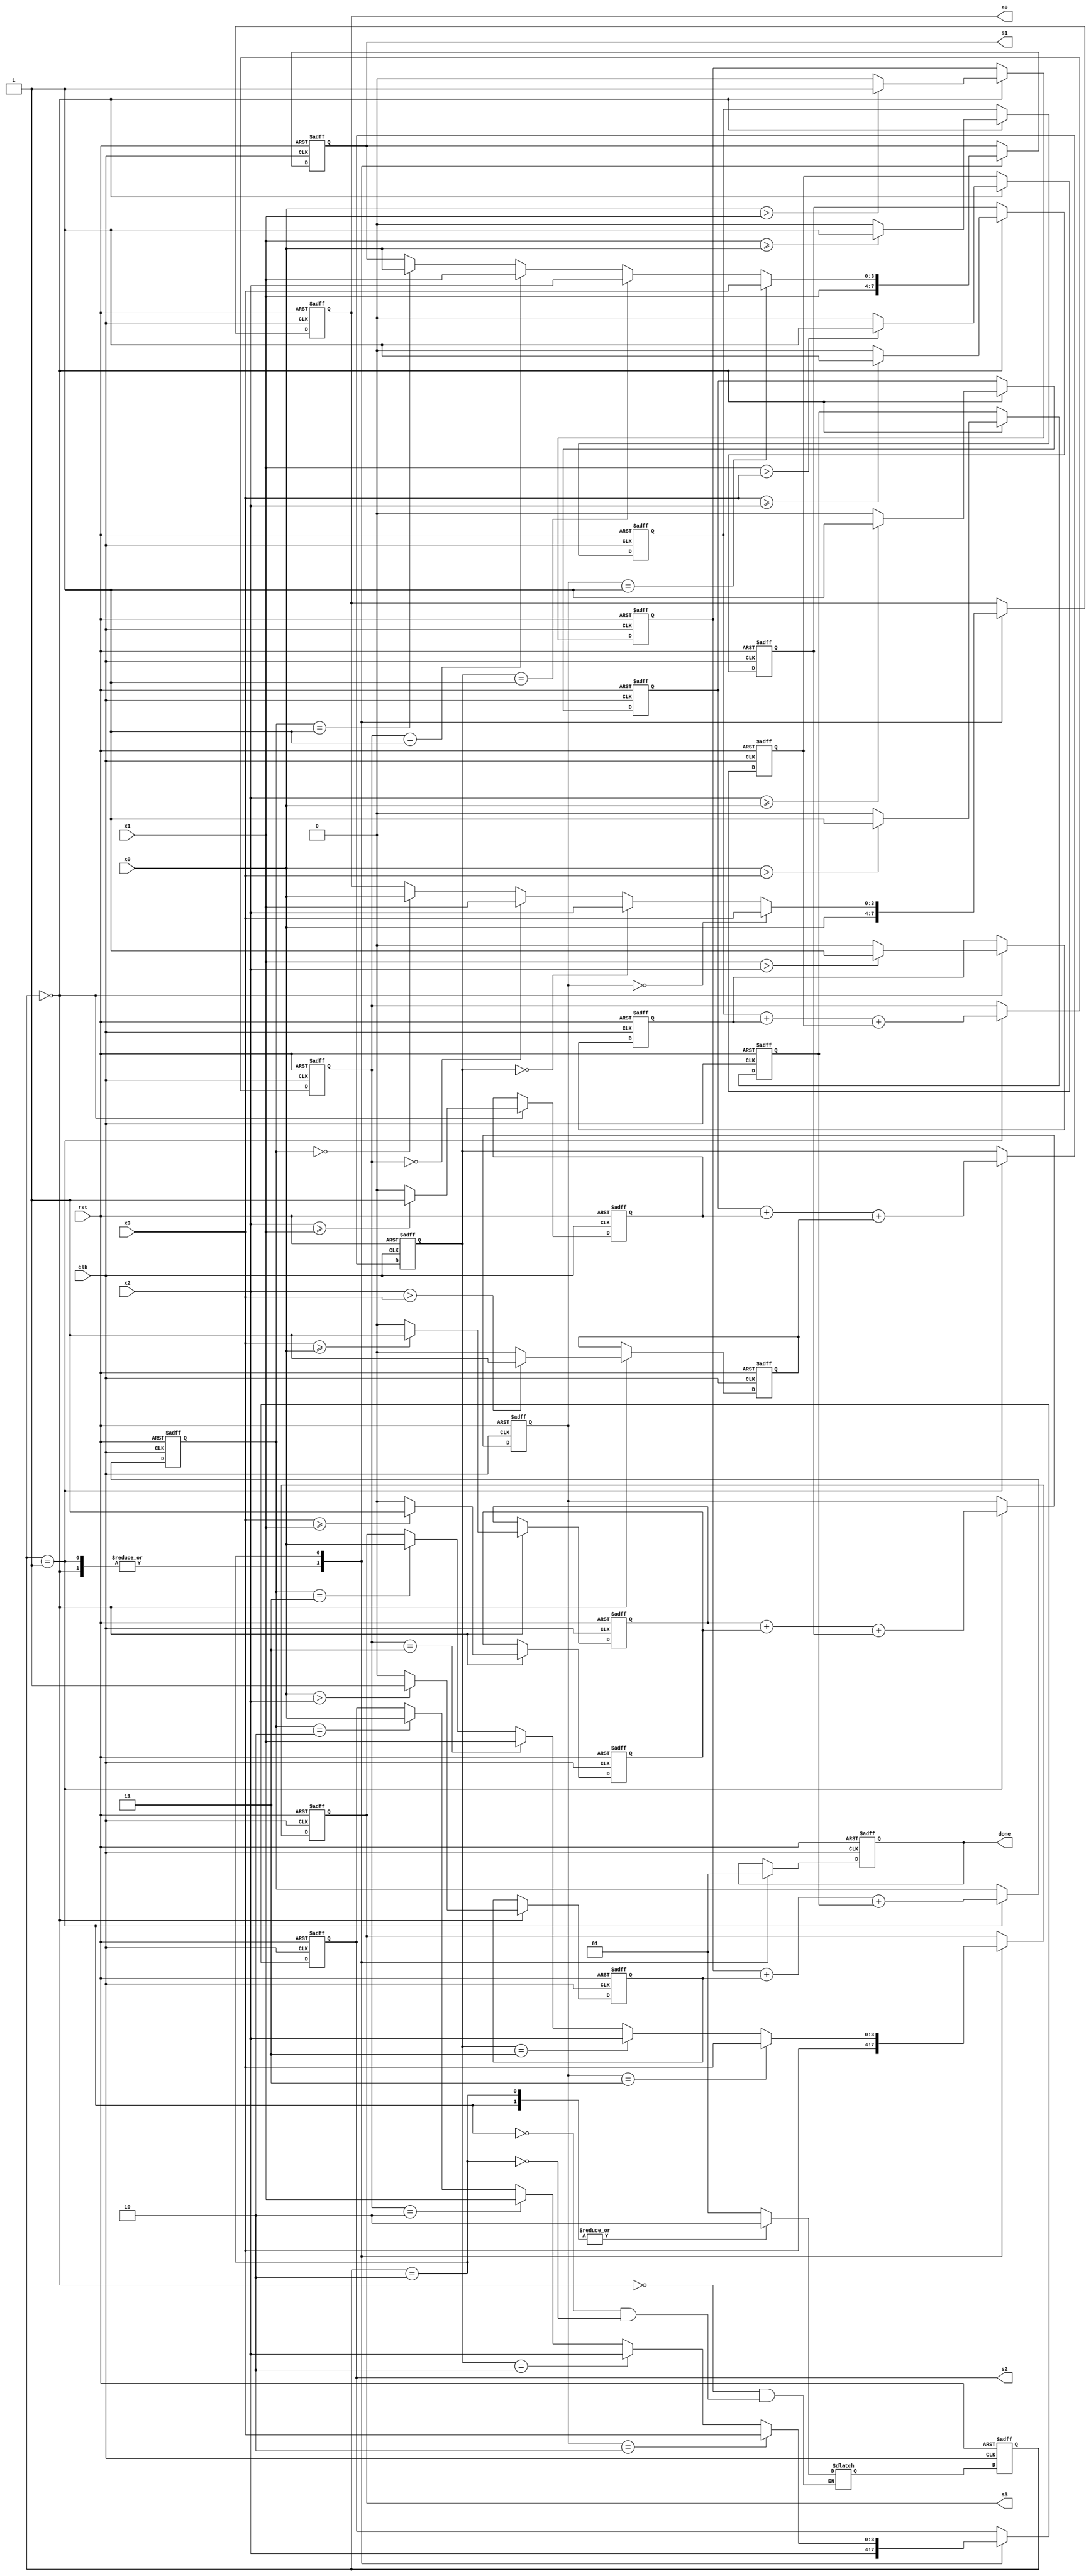
`timescale 1ns / 1ps
//////////////////////////////////////////////////////////////////////////////////
// Company: 
// Engineer: 
// 
// Design Name: 
// Module Name: SRT
// Project Name: 
// Target Devices: 
// Tool Versions: 
// Description: 
// 
// Dependencies: 
// 
// Revision:
// Revision 0.01 - File Created
// Additional Comments:
// 
//////////////////////////////////////////////////////////////////////////////////
module SRT(
    input [3:0] x0,
    input [3:0] x1,
    input [3:0] x2,
    input [3:0] x3,
    input rst,
    input clk,
    output [3:0] s0,
    output [3:0] s1,
    output [3:0] s2,
    output [3:0] s3,
    output done
    );
    reg a0=0,a1=0,a2=0;
    reg b0=0,b1=0,b2=0;
    reg c0=0,c1=0,c2=0;
    reg d0=0,d1=0,d2=0;
    reg [1:0]mid0=2'b00,mid1=2'b00,mid2=2'b00,mid3=2'b00;
    reg [3:0]out[3:0];
    reg finish;
    reg [1:0]state=2'b00,next_state;
    
    always @(posedge clk or posedge rst)
        if(rst)  state<=2'b00;
        else state<=next_state;
    
    always @(state)
        case(state)
            2'b00: next_state = 2'b01;
            2'b01: next_state = 2'b10;
            2'b10: next_state = 2'b10;
        endcase
        
    always @(posedge clk or posedge rst)
    if(rst)
        begin
            {a0,a1,a2}<=3'b000;
            {b0,b1,b2}<=3'b000;
            {c0,c1,c2}<=3'b000;
            {d0,d1,d2}<=3'b000;
            {mid0,mid1,mid2,mid3}<=8'b0000_0000;
            {out[0],out[1],out[2],out[3]}<=16'b0000_0000_0000_0000;
            finish<=0;
        end
    else
    case(state)
        2'b00:begin
            finish<=0;
            out[0]<=x0; out[1]<=x1; out[2]<=x2; out[3]<=x3;
            if(x0>x1) a0<=1'b1;
            else a0<=1'b0;
            if(x0>x2) a1<=1'b1;
            else a1<=1'b0;
            if(x0>x3) a2<=1'b1;
            else a2<=1'b0;
            
            if(x1>=x0) b0<=1'b1;
            else b0<=1'b0;
            if(x1>x2) b1<=1'b1;
            else b1<=1'b0;
            if(x1>x3) b2<=1'b1;
            else b2<=1'b0;
        
            if(x2>=x0) c0<=1'b1;
            else c0<=1'b0;
            if(x2>=x1) c1<=1'b1;
            else c1<=1'b0;
            if(x2>x3) c2<=1'b1;
            else c2<=1'b0;
             
            if(x3>=x0) d0<=1'b1;
            else d0<=1'b0;
            if(x3>=x1) d1<=1'b1;
            else d1<=1'b0;
            if(x3>=x2) d2<=1'b1;
            else d2<=1'b0;
        end
        2'b01:begin
            finish<=0;
            out[0]<=x0; out[1]<=x1; out[2]<=x2; out[3]<=x3; 
            mid0<=a0+a1+a2;
            mid1<=b0+b1+b2;
            mid2<=c0+c1+c2;
            mid3<=d0+d1+d2;
        end
       2'b10:begin
           finish<=1;
           out[mid0]<=x0;
           out[mid1]<=x1;
           out[mid2]<=x2;
           out[mid3]<=x3;
        end
endcase
    assign s0 = out[0];
    assign s1 = out[1];
    assign s2 = out[2];
    assign s3 = out[3];
    assign done = finish;
endmodule
/*
    reg [2:0]state=3'b000,next_state;
    reg [3:0]data_0,data_1,data_2,data_3;
    reg finish=0;
   
    task CMP;
        inout [3:0]x,y;
        reg [3:0]tmp;
        reg [3:0]y,f;
        if(x<y)
        begin
            tmp=x;  x=y; y=tmp;
        end
    endtask
    
    always @(posedge clk or posedge rst)
    begin
        if(rst) state<=3'b000;
        else state<=next_state;
    end
    
    always @(state)
    begin
        case(state)
        3'b000:next_state=3'b001;
        3'b001:next_state=3'b010;
        3'b010:next_state=3'b011;
        3'b011:next_state=3'b100;
        3'b100:next_state=3'b100;
        endcase
    end   
    
    always@(posedge clk or posedge rst)
    if(rst)
        begin
            data_0<=4'b0000;
            data_1<=4'b0000;
            data_2<=4'b0000;
            data_3<=4'b0000;
            finish<=0;
        end
    else
        begin
        case(state)
        3'b000:begin
                    data_0<=x0;
                    data_1<=x1;
                    data_2<=x2;
                    data_3<=x3;
               end
        3'b001:begin
                    CMP(data_0,data_2);
                    CMP(data_1,data_3);
               end
        3'b010:begin
                    CMP(data_0,data_1);
                    CMP(data_2,data_3);
               end
        3'b011:CMP(data_1,data_2);
        3'b100:finish<=1;        
        endcase
    end
     assign done=finish; 
     assign s0=data_0;
     assign s1=data_1;
     assign s2=data_2;
     assign s3=data_3;
endmodule*/